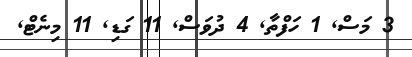
3 މަސް